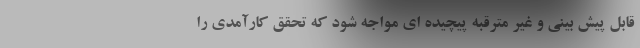
قابل پیش بینی و غیر مترقبه پیچیده ای مواجه شود که تحقق کارآمدی را